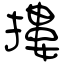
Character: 摟